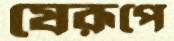
যেরূপে